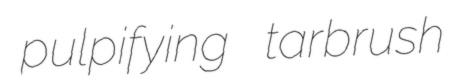
pulpifying tarbrush